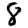
Digit: 8